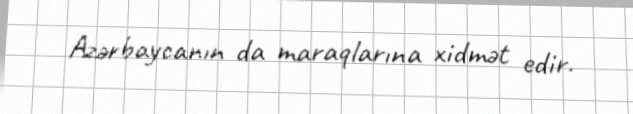
Azərbaycanın da maraqlarına xidmət edir.